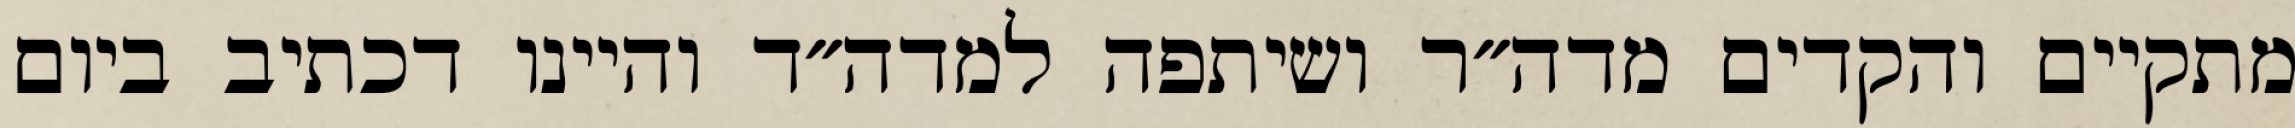
מתקיים והקדים מדה״ר ושיתפה למדה״ד והיינו דכתיב ביום